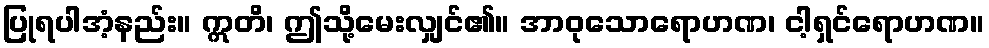
ပြုရပါအံ့နည်း။ ဣတိ၊ ဤသို့မေးလျှင်၏။ အာဝုသောရောဟဏ၊ ငါ့ရှင်ရောဟဏ။